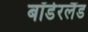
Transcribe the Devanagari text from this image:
बॉर्डरलैंड